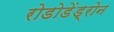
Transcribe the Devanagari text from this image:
रोडोडेंड्रोन